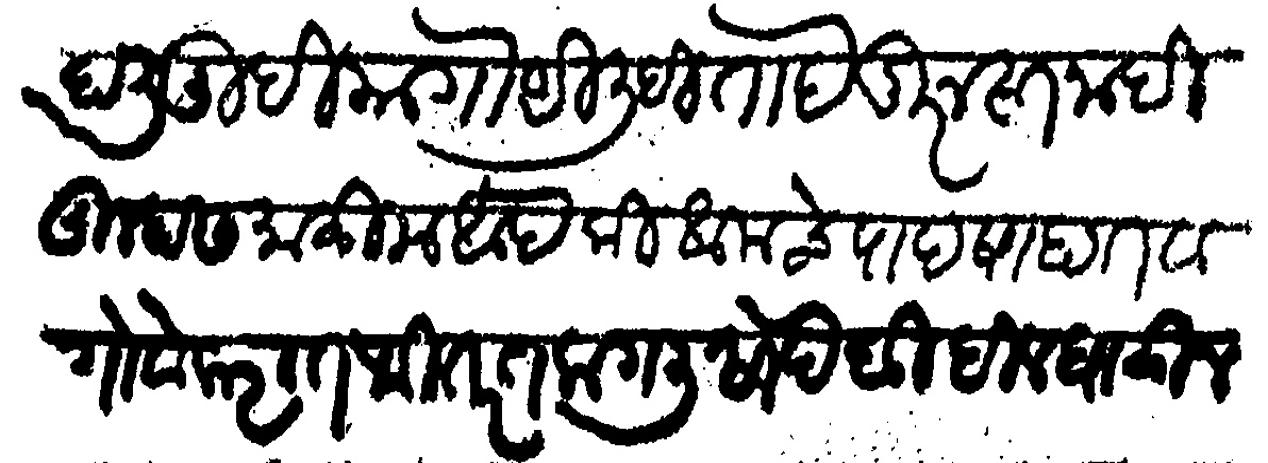
Transliteration (Devanagari): हाली तुम्ही या गोष्टी लिहीता हे दुरुस्त नाही तुम्हास माळीम आहे की आमचे पादशाहात व गोवेकरात फितरत लागली साहेबी दील घालून